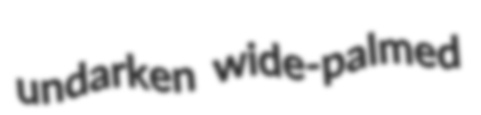
undarken wide-palmed